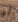
لو